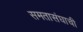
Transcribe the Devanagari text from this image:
समतासंघाची